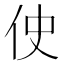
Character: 𫢓